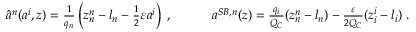
\begin{array} { r } { \hat { a } ^ { n } ( a ^ { i } , z ) = \frac { 1 } { q _ { n } } \left( z _ { n } ^ { n } - l _ { n } - \frac 1 2 \varepsilon a ^ { i } \right) \; , \quad \quad \quad { a } ^ { S B , n } ( z ) = \frac { q _ { i } } { Q _ { C } } ( z _ { n } ^ { n } - l _ { n } ) - \frac { \varepsilon } { 2 Q _ { C } } ( z _ { i } ^ { i } - l _ { i } ) \; . } \end{array}